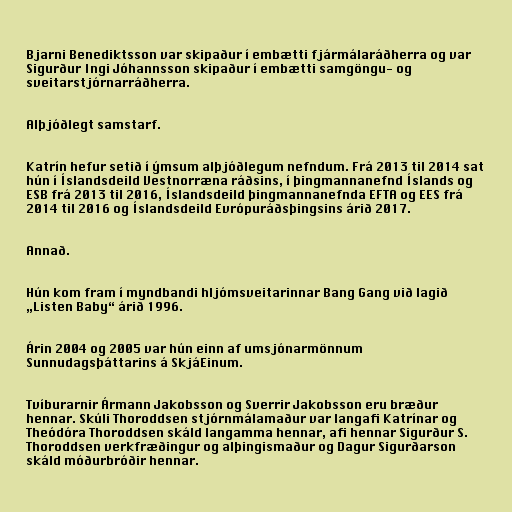
Bjarni Benediktsson var skipaður í embætti fjármálaráðherra og var
Sigurður Ingi Jóhannsson skipaður í embætti samgöngu- og
sveitarstjórnarráðherra.

Alþjóðlegt samstarf.

Katrín hefur setið í ýmsum alþjóðlegum nefndum. Frá 2013 til 2014 sat
hún í Íslandsdeild Vestnorræna ráðsins, í þingmannanefnd Íslands og
ESB frá 2013 til 2016, Íslandsdeild þingmannanefnda EFTA og EES frá
2014 til 2016 og Íslandsdeild Evrópuráðsþingsins árið 2017.

Annað.

Hún kom fram í myndbandi hljómsveitarinnar Bang Gang við lagið
„Listen Baby“ árið 1996.

Árin 2004 og 2005 var hún einn af umsjónarmönnum
Sunnudagsþáttarins á SkjáEinum.

Tvíburarnir Ármann Jakobsson og Sverrir Jakobsson eru bræður
hennar. Skúli Thoroddsen stjórnmálamaður var langafi Katrínar og
Theódóra Thoroddsen skáld langamma hennar, afi hennar Sigurður S.
Thoroddsen verkfræðingur og alþingismaður og Dagur Sigurðarson
skáld móðurbróðir hennar.